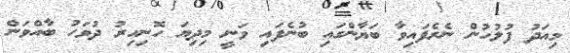
މިއަދު ފުލުހުން ނެރެފައިވާ ބަޔާންގައި ބުނެފައި ވަނީ މިދިޔަ ހޮނިހިރު ދުވަހު ބާއްވަން